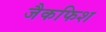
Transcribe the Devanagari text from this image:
जैकफिश